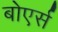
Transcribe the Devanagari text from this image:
बोएर्स